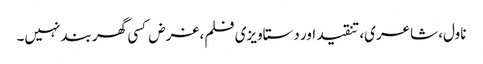
ناول، شاعری، تنقید اور دستاویزی فلم، غرض کسی گھر بند نہیں۔